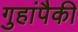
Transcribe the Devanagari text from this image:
गुहांपैकी